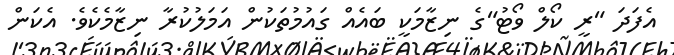
އެފަދަ "ރީ ކޯލް ވޯޓު"ގެ ނިޒާމަކީ ބައެއް ގައުމުތަކުން އަމަލުކުރާ ނިޒާމެކެވެ. އެކަން